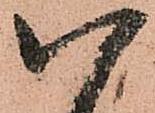
八